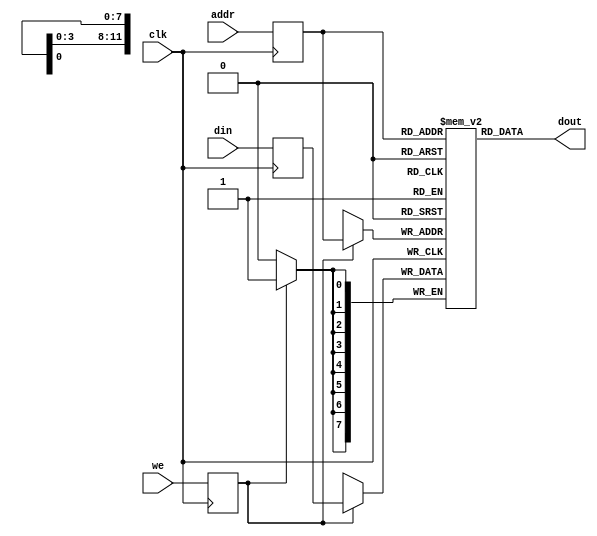
/*  This file is part of JT_GNG.
    JT_GNG program is free software: you can redistribute it and/or modify
    it under the terms of the GNU General Public License as published by
    the Free Software Foundation, either version 3 of the License, or
    (at your option) any later version.

    JT_GNG program is distributed in the hope that it will be useful,
    but WITHOUT ANY WARRANTY; without even the implied warranty of
    MERCHANTABILITY or FITNESS FOR A PARTICULAR PURPOSE.  See the
    GNU General Public License for more details.

    You should have received a copy of the GNU General Public License
    along with JT_GNG.  If not, see <http://www.gnu.org/licenses/>.

    Author: Jose Tejada Gomez. Twitter: @topapate
    Version: 1.0
    Date: 27-10-2017 */

`timescale 1ns/1ps

module jtgng_m9k #(parameter addrw=12, id=0)(
	input	clk,
	input	[addrw-1:0] addr,
	input	[7:0] din,
	output	reg [7:0] dout,
	input	we
);

reg [addrw-1:0] addr_latch;
reg [7:0] mem[0:(2**addrw-1)];
reg [7:0] data_latch;
reg we_latch;

`ifdef SIMULATION
initial begin
	case(id)
		10: begin
				$display("ram.hex loaded");
				$readmemh("ram.hex",mem);
			end
	endcase
end
`endif

always @(posedge clk) begin
	addr_latch <= addr;
	data_latch <= din;
	we_latch <= we;
	if( we_latch )
		mem[addr_latch] <= data_latch;	
end

always @(addr_latch)
	dout <= mem[addr_latch];


endmodule // jtgng_m9k